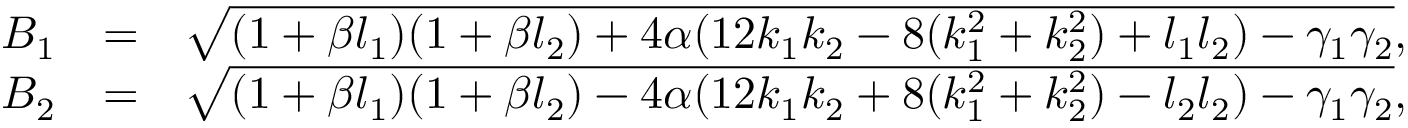
\begin{array} { r l r } { B _ { 1 } } & { = } & { \sqrt { ( 1 + \beta l _ { 1 } ) ( 1 + \beta l _ { 2 } ) + 4 \alpha ( 1 2 k _ { 1 } k _ { 2 } - 8 ( k _ { 1 } ^ { 2 } + k _ { 2 } ^ { 2 } ) + l _ { 1 } l _ { 2 } ) - \gamma _ { 1 } \gamma _ { 2 } } , } \\ { B _ { 2 } } & { = } & { \sqrt { ( 1 + \beta l _ { 1 } ) ( 1 + \beta l _ { 2 } ) - 4 \alpha ( 1 2 k _ { 1 } k _ { 2 } + 8 ( k _ { 1 } ^ { 2 } + k _ { 2 } ^ { 2 } ) - l _ { 2 } l _ { 2 } ) - \gamma _ { 1 } \gamma _ { 2 } } , } \end{array}